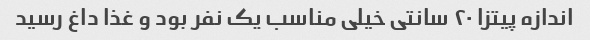
اندازه پیتزا ٢٠ سانتی خیلی مناسب یک نفر بود و غذا داغ رسید